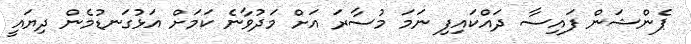
ޕެންޝަން ފައިސާ ދައްކައިފި ނަމަ މުސާރަ އަށް މަދުވާނެ ކަމަށް އަޅުގަނޑުމެން ދިޔައީ